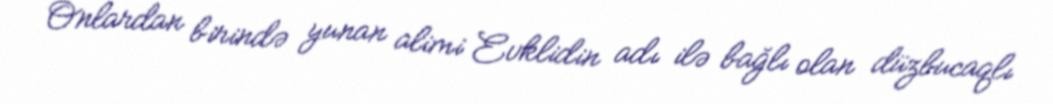
Onlardan birində yunan alimi Evklidin adı ilə bağlı olan düzbucaqlı